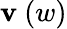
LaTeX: \mathbf{v}~(w)